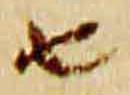
由